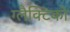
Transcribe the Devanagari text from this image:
ग्‍लैक्टिको